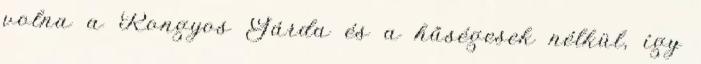
volna a Rongyos Gárda és a hűségesek nélkül, így